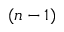
( n - 1 )